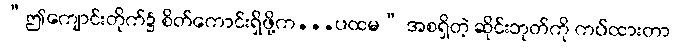
“ဤကျောင်းတိုက်၌ စိတ်ကောင်းရှိဖို့က...ပထမ” အစရှိတဲ့ ဆိုင်းဘုတ်ကို ကပ်ထားတာ